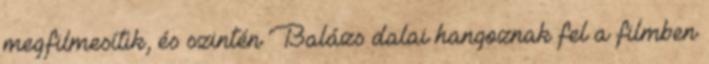
megfilmesítik, és szintén Balázs dalai hangoznak fel a filmben